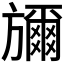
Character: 𭥇